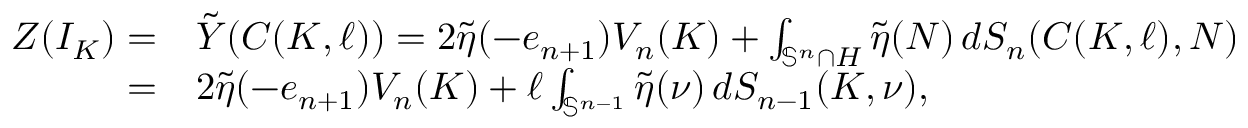
\begin{array} { r l } { Z ( I _ { K } ) = } & { \tilde { Y } ( C ( K , \ell ) ) = 2 \tilde { \eta } ( - e _ { n + 1 } ) V _ { n } ( K ) + \int _ { \mathbb { S } ^ { n } \cap H } \tilde { \eta } ( N ) \, d S _ { n } ( C ( K , \ell ) , N ) } \\ { = } & { 2 \tilde { \eta } ( - e _ { n + 1 } ) V _ { n } ( K ) + \ell \int _ { \mathbb { S } ^ { n - 1 } } \tilde { \eta } ( \nu ) \, d S _ { n - 1 } ( K , \nu ) , } \end{array}